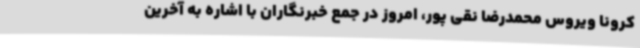
کرونا ویروس محمدرضا نقی پور، امروز در جمع خبرنگاران با اشاره به آخرین